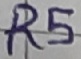
Text: R5